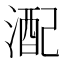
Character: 𪶪